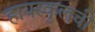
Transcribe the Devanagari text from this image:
हायस्कुलची